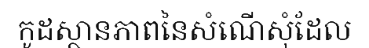
កូដស្ថានភាពនៃសំណើសុំដែល